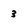
Character: 3